Sanitation, dispensaries and jails vaccination Rajputana 1922-1927 - 1922-1927
Year: 1922
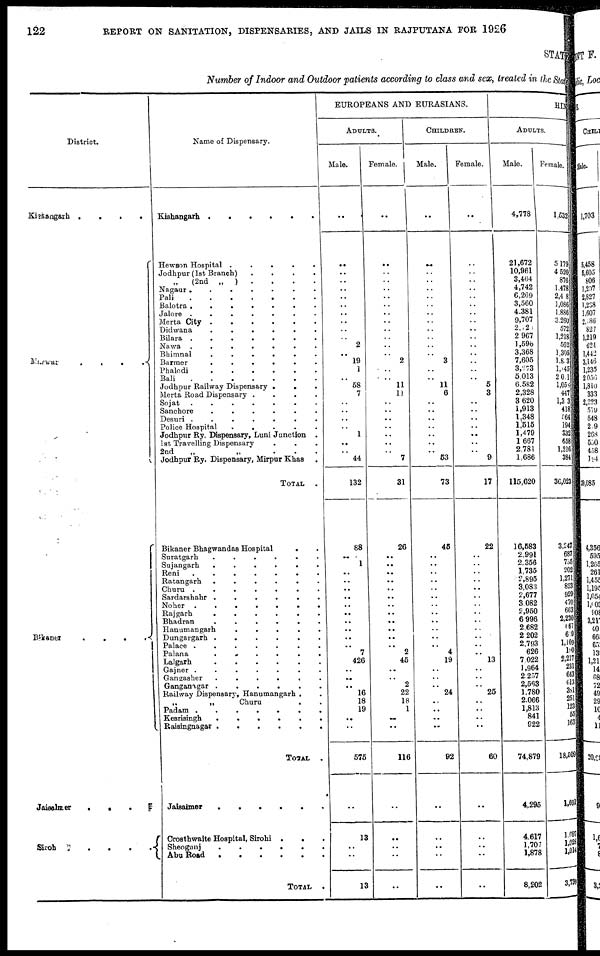
122
REPORT ON SANITATION, DISPENSARIES, AND JAILS IN RAJPUTANA FOR 1926
STATE
Number of Indoor and Outdoor patients according to class and sex, treated in the States
District.
Kishangarh
....
Marwar ....
Bikaner
....
Jaisalmer
....
Siroh
....
Name of Dispensary.
Kishangarh ......
Hewson Hospital
.....
Jodhpur (1st Branch)
....
„
(2nd „
) ....
Nagaur
.......
Pali
Balotra
.......
Jalore
.......
Merta City
......
Didwana
......
Bilara
.......
Nawa
.......
Bhimnal
......
Barmer
......
Phalodi
Bali
Jodhpur Railway Dispensary
...
Merta Road Dispensary
....
Sojat
.......
Sanchore
......
Desuri
.......
Police Hospital
.....
Jodhpur Ry. Dispensary, Luni Junction .
1st Travelling Dispensary ...
2nd
„
„
...
Jodhpur Ry. Dispensary, Mirpur Khas
TOTAL
.
Bikaner Bhagwandas Hospital
..
Suratgarh
......
Sujangarh
......
Reni
.......
Ratangarh
......
Churu
.......
Sardarshahr
......
Noher
.......
Rajgarh
......
Bhadran
......
Hanumangarh
.....
Dungargarh
......
Palace
.......
Palana
......
Lalgarh
......
Gajner
.......
Gangasher
......
Ganganagar
Railway Dispensary, Hanumangarh ..
„
„
Churu
..
Padam
Kesrisingh
Raisingnagar
TOTAL
.
Crosthwaite Hospital, Sirohi
...
Sheogunj ....
Abu Road
TOTAL
.
EUROPEANS AND EURASIANS.
ADULTS.
Male.
..
..
..
..
..
..
..
..
..
..
..
2
..
19
1
..
58
7
..
..
..
..
1
..
..
44
132
88
..
1
..
..
..
..
..
..
..
..
..
.. 7
426
..
..
..
16
18
19
..
..
575
..
13
..
..
13
Female.
..
..
..
..
..
..
..
..
..
..
..
..
..
2
..
..
11
11
..
..
..
..
..
..
..
7
31
26
..
..
..
..
..
..
..
..
..
..
..
.. 2
45
..
..
2
22
18
1
..
..
116
..
..
..
..
..
CHILDREN.
Male.
. .
..
..
..
..
..
..
..
..
..
..
..
..
3
..
..
11
6
..
..
..
..
..
..
..
63
73
45
..
..
..
..
..
..
..
..
..
..
..
.. 4
19
..
..
..
24
..
..
..
..
92
..
..
..
..
..
Female.
..
..
..
..
..
..
..
..
..
..
..
..
..
..
..
..
5
3
..
..
..
..
..
..
..
9
17
22
..
..
..
..
..
..
..
..
..
..
..
..
..
13
..
..
..
25
..
..
..
..
60
..
.._
..
..
..
HIN
ADULTS.
Male.
4,778
21,672
10,961
3,464
4,742
6,269
3,560
4,381
9,707
2,020
2,967
1,596
3,368
7,605
3,273
5,013
6,582
2,328
3,620
1,913
1,348
1,515
1,479
1,667
2,781
1,686
115,620
16,683
2,991
2,356
1,735
2,895
3,083
2,677
3,082
2,950
6,996
2,682
2,202
2,793
626
7,022
1,964
2,257
2,563
1,780
2,066
1,813
841
922
74,879
4,295
4,617
1,707
1,878
8,202
Female.
1,532
5,179
4,520
876
1,478
2,408
1,086
1,886
3,260
572
1,218
562
1,305
1,803
1,045
2,001
1,058
447
1,303
418
564 194
332
658
1,216
384
36,023
3,247
687
735
202
1,271
823
929
470
663
2,230
667
619
1,109
180
2,217
231
643
613
38l
251
123
55
163
18,509
1,691
1,697
1,028
1,014
3,739